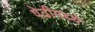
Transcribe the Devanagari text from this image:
पेढीमध्ये